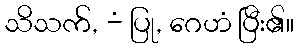
သိသက်, -ံ ပြု, ဂေဟံ ပြီး၏။